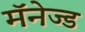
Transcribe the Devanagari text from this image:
मॅनेज्ड